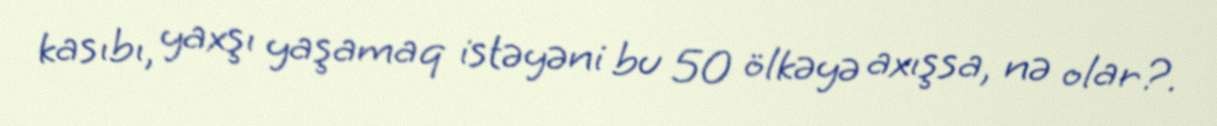
kasıbı, yaxşı yaşamaq istəyəni bu 50 ölkəyə axışsa, nə olar?.